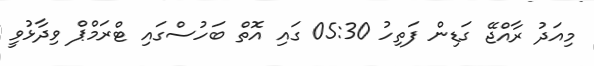
މިއަދު ރާއްޖޭ ގަޑިން ފަތިހު 05:30 ގައި އޮތް ބަހުސްގައި ޓްރަމްޕް ވިދާޅުވީ